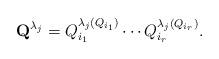
LaTeX: \begin{align*}\textbf{Q}^{\lambda_j}=Q_{i_1}^{\lambda_j(Q_{i_1})}\cdots Q_{i_r}^{\lambda_j(Q_{i_r})}.\end{align*}